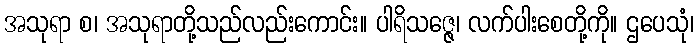
အသုရာ စ၊ အသုရာတို့သည်လည်းကောင်း။ ပါရိသဇ္ဇေ၊ လက်ပါးစေတို့ကို။ ဌပေသုံ၊